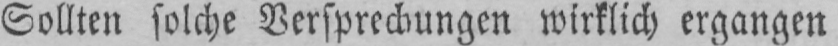
Sollten solche Versprechungen wirklich ergangen